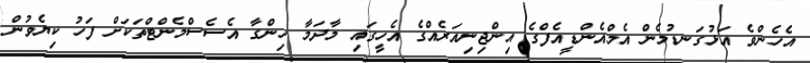
އެހެންވެ އަޅުގަނޑުމެން އެމްއެންޑީއެފްގެ އިންޖިނިއަރެއްގެ އެހީގައި މާދަމާ ހިންގާ އެސެސްމެންޓްތަކަށް ފަހު ކިޔެވުން